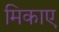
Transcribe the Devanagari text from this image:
मिकाए